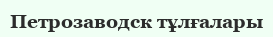
Петрозаводск тұлғалары